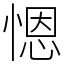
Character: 𢞴